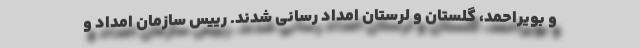
و بویراحمد، گلستان و لرستان امداد رسانی شدند. رییس سازمان امداد و